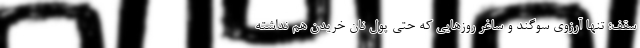
سقف؛ تنها آرزوی سوگند و ساغر روزهایی که حتی پول نان خریدن هم نداشته